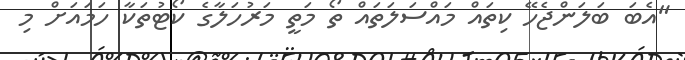
"އެބަ ބަލަންޖެހޭ ކިތައް މައްސަލަތައް ތޯ މަތީ މަރުހަލާގެ ކޯޓުތަކާ ހަމައަށް މި